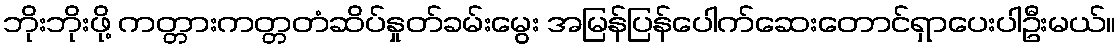
ဘိုးဘိုးဖို့ ကတ္တားကတ္တတံဆိပ်နှုတ်ခမ်းမွေး အမြန်ပြန်ပေါက်ဆေးတောင်ရှာပေးပါဦးမယ်။